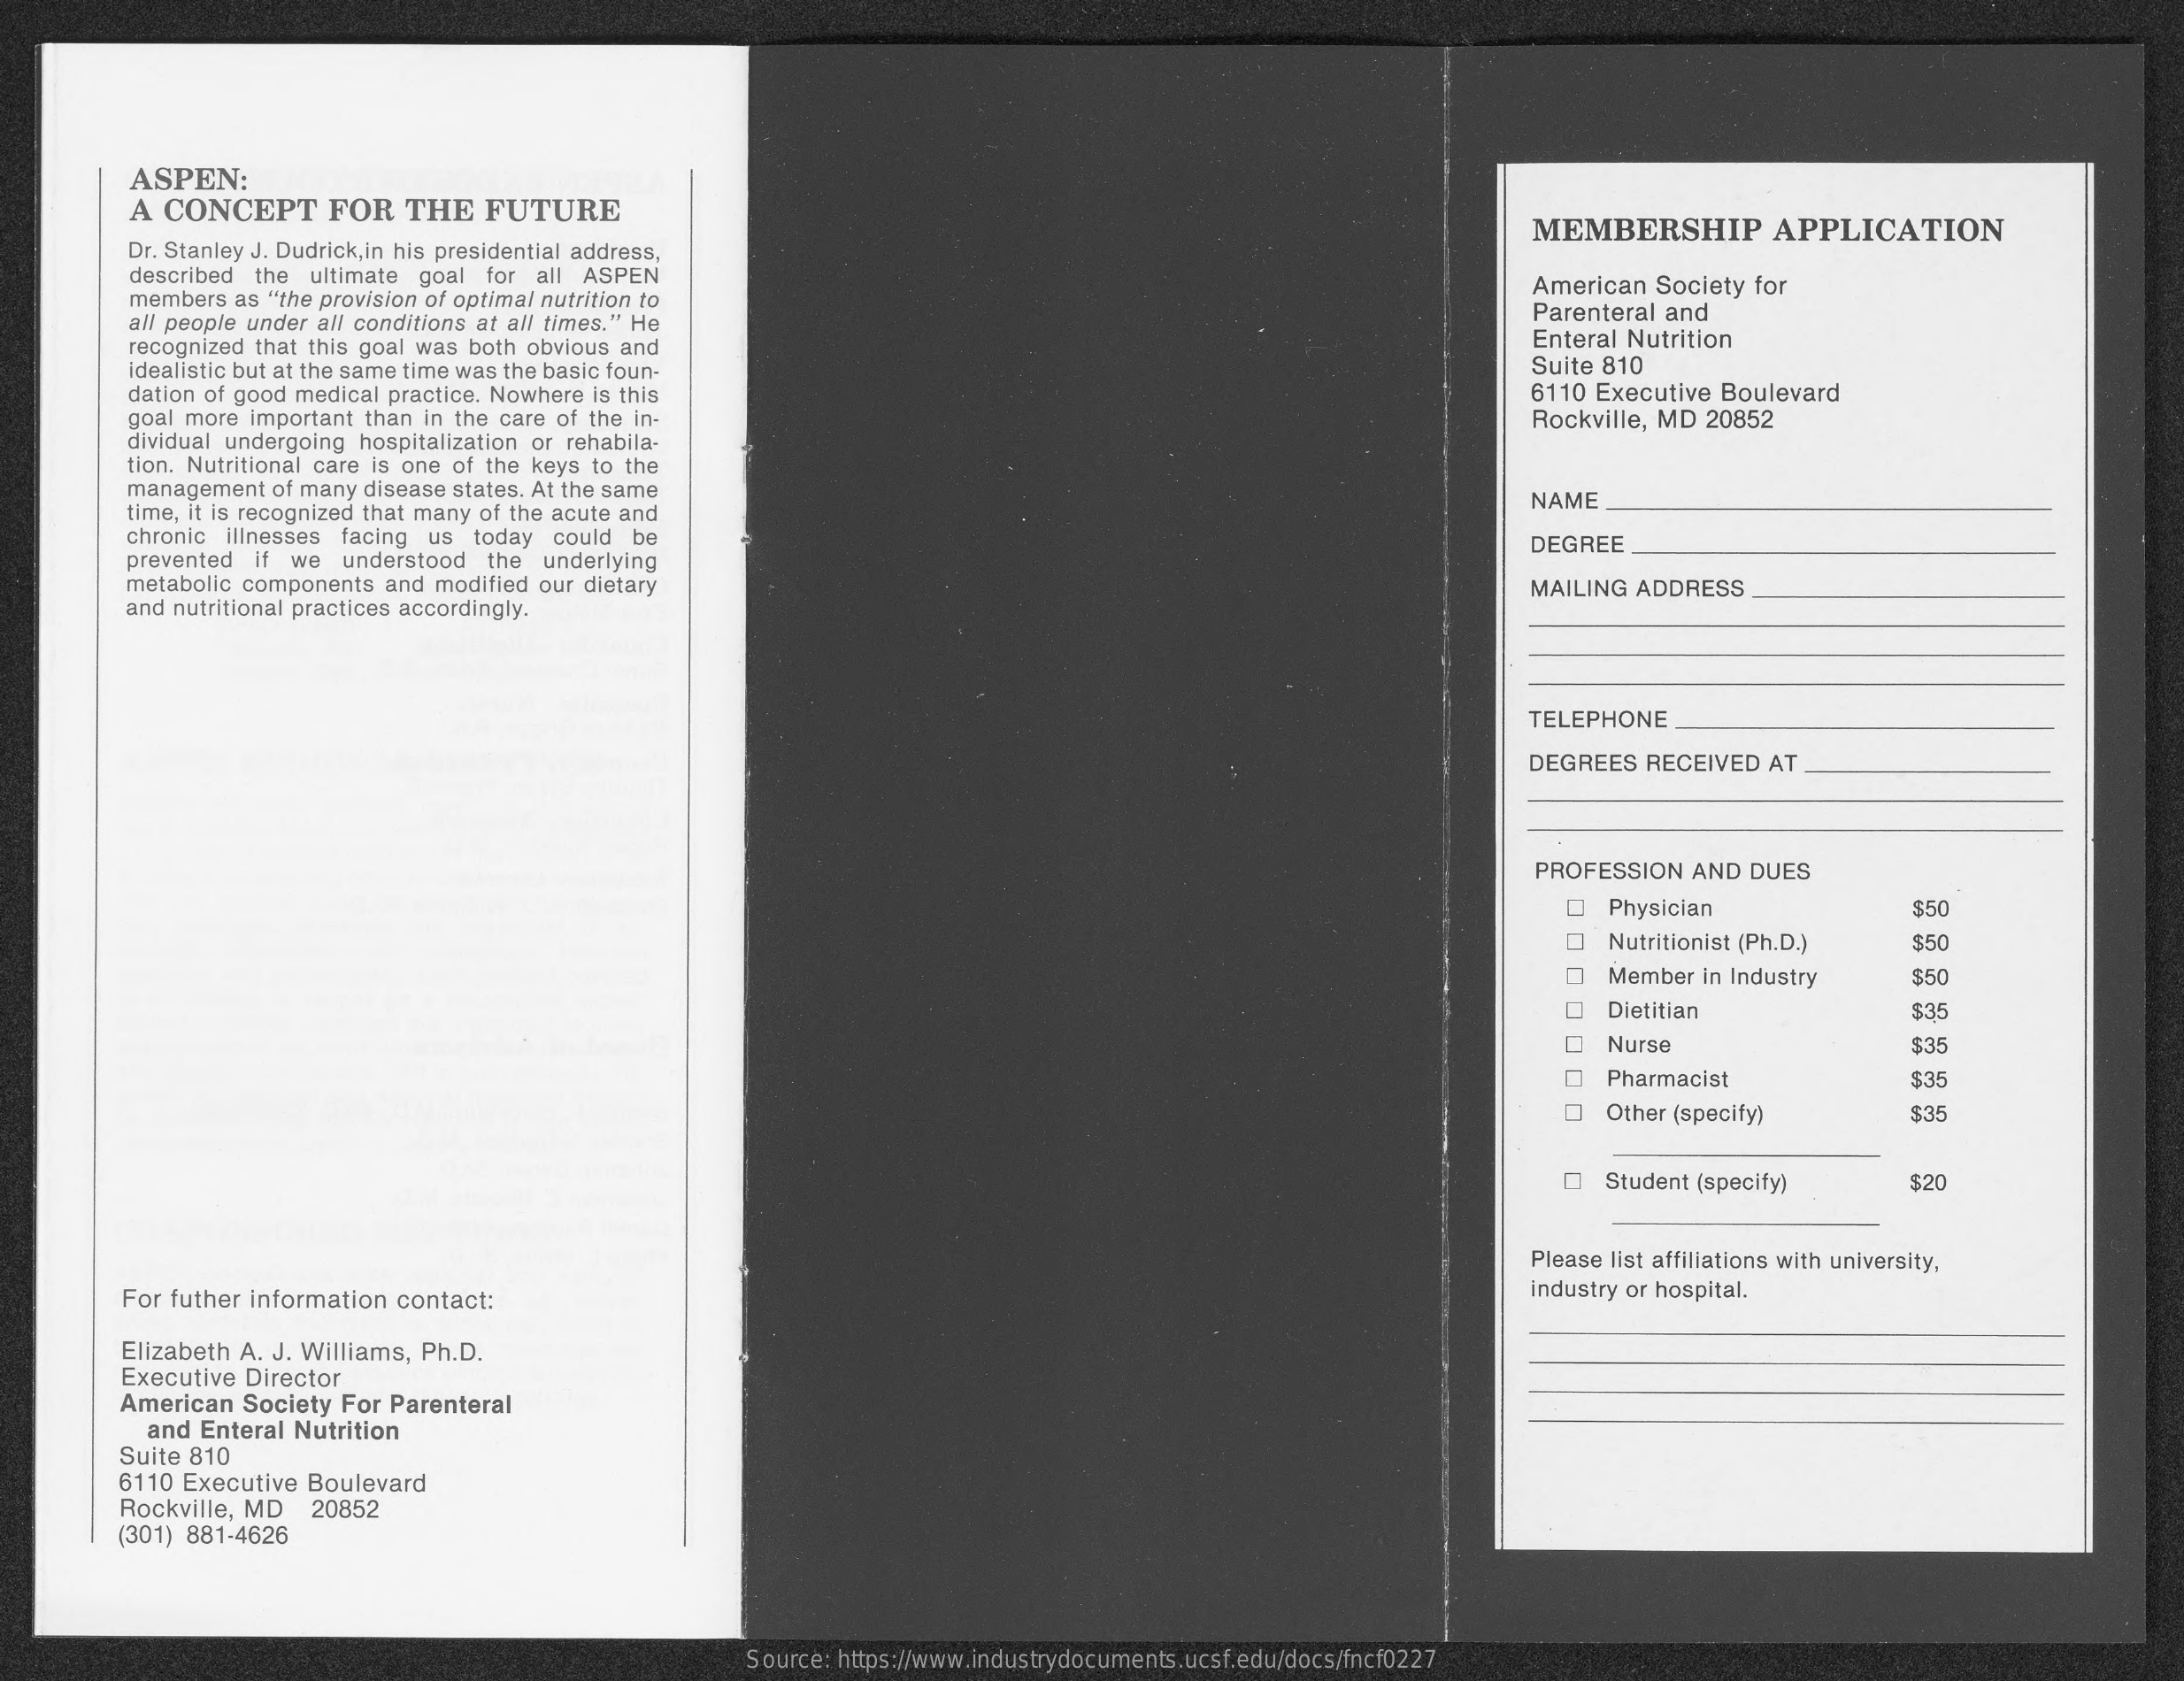
ASPEN:
     A CONCEPT FOR THE FUTURE
     Dr. Stanley J. Dudrick, in his presidential address,
     MEMBERSHIP APPLICATION
     described the ultimate goal for all ASPEN
     members as "the provision of optimal nutrition to
     American Society for
     all people under all conditions at all times." He   Parenteral and
     recognized that this goal was both obvious and    Enteral Nutrition
     idealistic but at the same time was the basic foun- Suite 810
     dation of good medical practice. Nowhere is this    6110 Executive Boulevard
     goal more important than in the care of the in-
     dividual undergoing hospitalization or rehabila-
     Rockville, MD 20852
     tion. Nutritional care is one of the keys to the
     management of many disease states. At the same
     time, it is recognized that many of the acute and
     NAME
     chronic illnesses facing us today could be
     prevented if we understood the underlying
     DEGREE
     metabolic components and modified our dietary
     and nutritional practices accordingly.
     MAILING ADDRESS
     TELEPHONE
     DEGREES RECEIVED AT
     PROFESSION AND DUES
     Physician   $50
     Nutritionist (Ph.D.) $50
     D Member in Industry $50
     O Dietitian  $35
     Nurse    $35
     Pharmacist  $35
     Other (specify) $35
     Student (specify) $20
     Please list affiliations with university,
     For futher information contact:    industry or hospital.
     Elizabeth A. J. Williams, Ph.D.
     Executive Director
     American Society For Parenteral
     and Enteral Nutrition
     Suite 810
     6110 Executive Boulevard
     Rockville, MD 20852
     (301) 881-4626
     Source: https://www.industrydocuments.ucsf.edu/docs/fncf0227